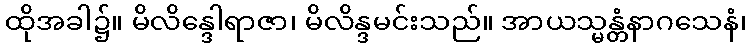
ထိုအခါ၌။ မိလိန္ဒေါရာဇာ၊ မိလိန္ဒမင်းသည်။ အာယသ္မန္တံနာဂသေနံ၊